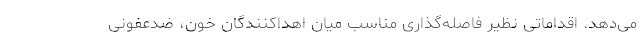
می‌دهد. اقداماتی نظیر فاصله‌گذاری مناسب میان اهداکنندگان خون، ضدعفونی